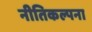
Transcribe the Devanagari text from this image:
नीतिकल्पना